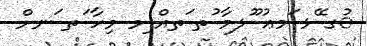
ުގ ޭޅ ަމޢު ޫލމާ ުތ ަތއް ިމ މިހާ ަތ ަނށް